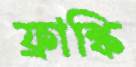
ফ্রাঙ্কি